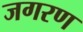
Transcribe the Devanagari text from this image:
जगरण